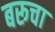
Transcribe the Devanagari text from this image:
बरूचा